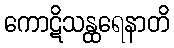
ကောဋိသန္ထရေနာတိ